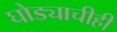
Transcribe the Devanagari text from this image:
घोड्याचीही